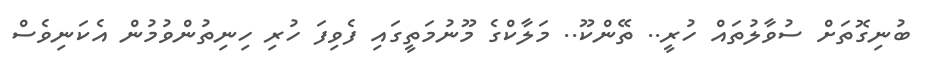
ބުނިގޮތަށް ސުވާލުތައް ހުރީ.. ތޭންކޫ.. މަލާކްގެ މޫނުމަތީގައި ފެވިފަ ހުރި ހިނިތުންވުމުން އެކަނިވެސް